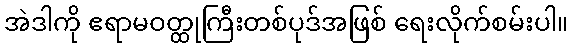
အဲဒါကို ဧရာမဝတ္ထုကြီးတစ်ပုဒ်အဖြစ် ရေးလိုက်စမ်းပါ။